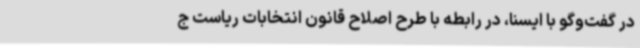
در گفت‌وگو با ایسنا، در رابطه با طرح اصلاح قانون انتخابات ریاست ج